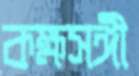
কক্ষসঙ্গী